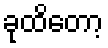
ခုထိတော့